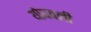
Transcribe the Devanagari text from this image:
थोपवली